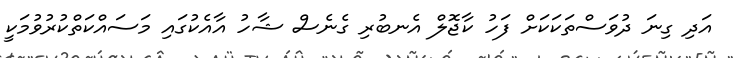
އަދި ގިނަ ދުވަސްތަކަކަށް ފަހު ކާޖޮލް އެނބުރި ގެނެސް ޝާހު އާއެކުގައި މަސައްކަތްކުރުވުމަކީ